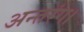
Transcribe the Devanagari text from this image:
अन्तरंग।